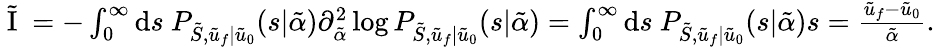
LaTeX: \begin{array}{r}{\tilde{\mathrm{~I~}}=-\int_{0}^{\infty}\mathrm{d}s\ P_{\tilde{S},\tilde{u}_{f}|\tilde{u}_{0}}(s|\tilde{\alpha})\partial_{\tilde{\alpha}}^{2}\log P_{\tilde{S},\tilde{u}_{f}|\tilde{u}_{0}}(s|\tilde{\alpha})=\int_{0}^{\infty}\mathrm{d}s\ P_{\tilde{S},\tilde{u}_{f}|\tilde{u}_{0}}(s|\tilde{\alpha})s=\frac{\tilde{u}_{f}-\tilde{u}_{0}}{\tilde{\alpha}}.}\end{array}